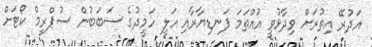
އަދުރޭ އިތުރަށް ވިދާޅުވީ އުއްތަމަ ފަނޑިޔާރާއި އަލީ ހަމީދުގެ ސަބަބުން ސުޕްރީމް ކޯޓަށް